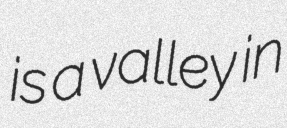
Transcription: is a valley in